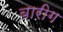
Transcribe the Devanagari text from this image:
बारीग